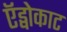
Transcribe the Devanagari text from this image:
ऍड्वोकाट